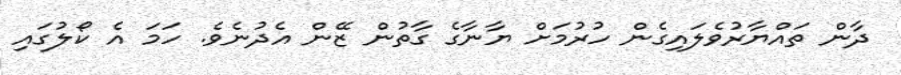
ދާން ތައްޔާރުވެލައިގެން ހުރުމަށް ޔާނާގެ ގާތުން ޒޭން އެދުނެވެ. ހަމަ އެ ކޯލުގައި